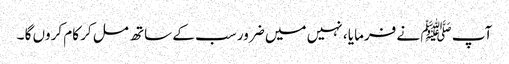
آپ ﷺ نے فرمایا ، نہیں میں ضرور سب کے ساتھ مل کر کام کروں گا ۔